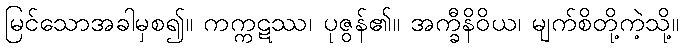
မြင်သောအခါမှစ၍။ ကက္ကဋဿ၊ ပုဇွန်၏။ အက္ခီနိဝိယ၊ မျက်စိတို့ကဲ့သို့။